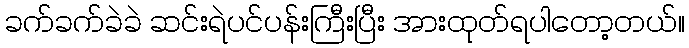
ခက်ခက်ခဲခဲ ဆင်းရဲပင်ပန်းကြီးပြီး အားထုတ်ရပါတော့တယ်။